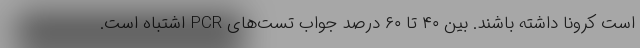
است کرونا داشته باشند. بین ۴۰ تا ۶۰ درصد جواب تست‌های PCR اشتباه است.